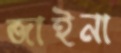
জাইনা